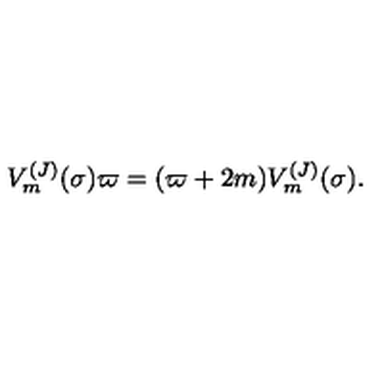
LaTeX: V _ { m } ^ { ( J ) } ( \sigma ) \varpi = ( \varpi + 2 m ) V _ { m } ^ { ( J ) } ( \sigma ) .